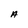
Character: A